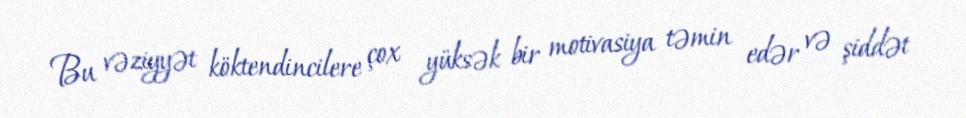
Bu vəziyyət köktendincilere çox yüksək bir motivasiya təmin edər və şiddət